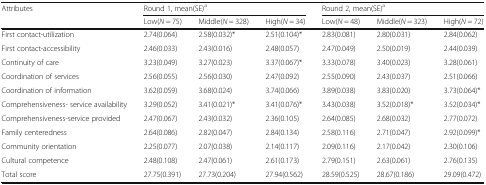
<table><thead><tr><td rowspan="2"><b>Attributes</b></td><td colspan="3"><b>Round 1, mean(SE)<sup>a</sup></b></td><td colspan="3"><b>Round 2, mean(SE)<sup>a</sup></b></td></tr><tr><td><b>Low(<i>N</i> = 75)</b></td><td><b>Middle(<i>N</i> = 328)</b></td><td><b>High(<i>N</i> = 34)</b></td><td><b>Low(<i>N</i> = 48)</b></td><td><b>Middle(<i>N</i> = 323)</b></td><td><b>High(<i>N</i> = 72)</b></td></tr></thead><tbody><tr><td>First contact-utilization</td><td>2.74(0.064)</td><td>2.58(0.032)*</td><td>2.51(0.104)*</td><td>2.83(0.081)</td><td>2.80(0.031)</td><td>2.84(0.062)</td></tr><tr><td>First contact-accessibility</td><td>2.46(0.033)</td><td>2.43(0.016)</td><td>2.48(0.057)</td><td>2.47(0.049)</td><td>2.50(0.019)</td><td>2.44(0.039)</td></tr><tr><td>Continuity of care</td><td>3.23(0.049)</td><td>3.27(0.023)</td><td>3.37(0.067)*</td><td>3.33(0.078)</td><td>3.40(0.023)</td><td>3.28(0.061)</td></tr><tr><td>Coordination of services</td><td>2.56(0.055)</td><td>2.56(0.030)</td><td>2.47(0.092)</td><td>2.55(0.090)</td><td>2.43(0.037)</td><td>2.51(0.066)</td></tr><tr><td>Coordination of information</td><td>3.62(0.059)</td><td>3.68(0.024)</td><td>3.74(0.066)</td><td>3.89(0.038)</td><td>3.83(0.020)</td><td>3.73(0.064)*</td></tr><tr><td>Comprehensiveness- service availability</td><td>3.29(0.052)</td><td>3.41(0.021)*</td><td>3.41(0.076)*</td><td>3.43(0.038)</td><td>3.52(0.018)*</td><td>3.52(0.034)*</td></tr><tr><td>Comprehensiveness-service provided</td><td>2.47(0.067)</td><td>2.43(0.032)</td><td>2.36(0.105)</td><td>2.64(0.085)</td><td>2.68(0.032)</td><td>2.77(0.072)</td></tr><tr><td>Family centeredness</td><td>2.64(0.086)</td><td>2.82(0.047)</td><td>2.84(0.134)</td><td>2.58(0.116)</td><td>2.71(0.047)</td><td>2.92(0.099)*</td></tr><tr><td>Community orientation</td><td>2.25(0.077)</td><td>2.07(0.038)</td><td>2.14(0.117)</td><td>2.09(0.116)</td><td>2.17(0.042)</td><td>2.30(0.106)</td></tr><tr><td>Cultural competence</td><td>2.48(0.108)</td><td>2.47(0.061)</td><td>2.61(0.173)</td><td>2.79(0.151)</td><td>2.63(0.061)</td><td>2.76(0.135)</td></tr><tr><td>Total score</td><td>27.75(0.391)</td><td>27.73(0.204)</td><td>27.94(0.562)</td><td>28.59(0.525)</td><td>28.67(0.186)</td><td>29.09(0.472)</td></tr></tbody></table>